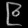
Digit: ၉